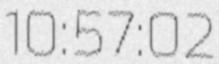
10:57:02